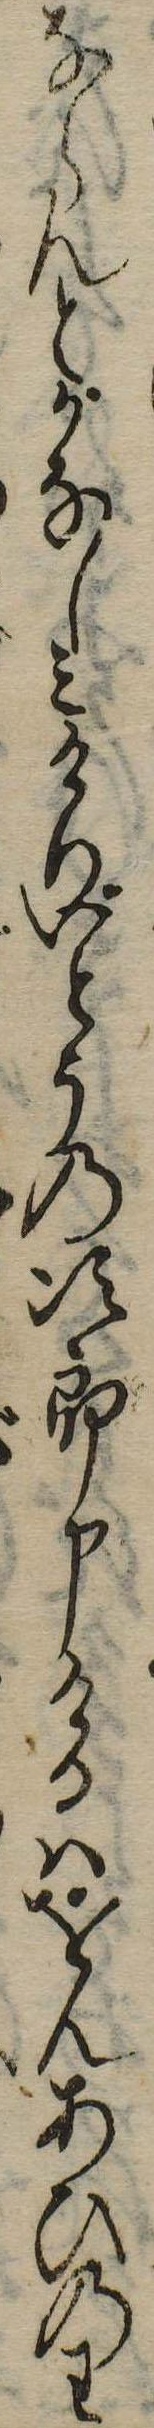
ならんとかなしみけりいとうの次郎申けるはをんあひのわ